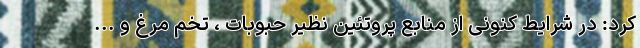
کرد: در شرایط کنونی از منابع پروتئین نظیر حبوبات ، تخم مرغ و ...